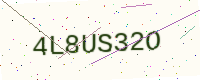
Text: 4L8US32O